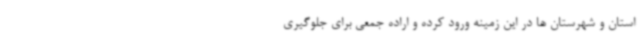
استان و شهرستان ها در این زمینه ورود کرده و اراده جمعی برای جلوگیری